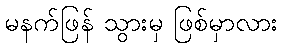
မနက်ဖြန် သွားမှ ဖြစ်မှာလား